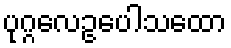
ပုဂ္ဂလေဥပေါသထော